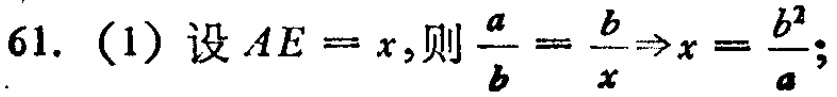
61. (1) 设 \(AE = x\),则 \(\frac{a}{b}=\frac{b}{x}\Rightarrow x = \frac{b^{2}}{a}\);